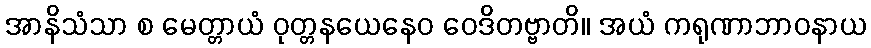
အာနိသံသာ စ မေတ္တာယံ ဝုတ္တနယေနေဝ ဝေဒိတဗ္ဗာတိ။ အယံ ကရုဏာဘာဝနာယ